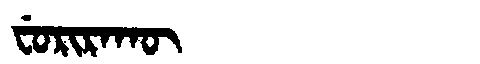
Manchu: ᠸᡠᡵᡳᡵᠠᡴᡡ
Romanization: FURIRAKŪ